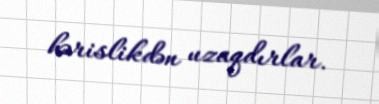
hərislikdən uzaqdırlar.